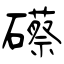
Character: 礤